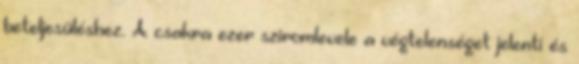
beteljesüléshez. A csakra ezer sziromlevele a végtelenséget jelenti és